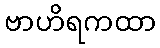
ဗာဟိရကထာ